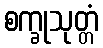
စက္ခုသုတ္တံ